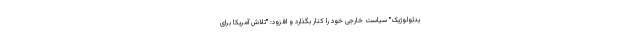
یدئولوژیک" سیاست خارجی خود را کنار بگذارد و افزود: "تلاش آمریکا برای